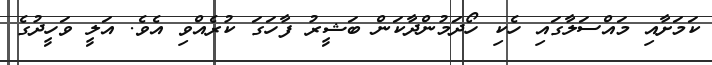
ކަމަށާއި މައްސަލާގައި ހެކި ހޯދަމުންދާކަން ބަޝީރު ފާހަގަ ކުރެއްވި އެވެ. އަލީ ވަހީދުގެ